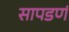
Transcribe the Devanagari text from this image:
सापडणं